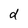
Character: d